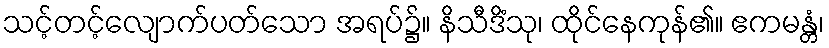
သင့်တင့်လျောက်ပတ်သော အရပ်၌။ နိသီဒိံသု၊ ထိုင်နေကုန်၏။ ဧကမန္တံ၊